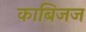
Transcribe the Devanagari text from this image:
काबिजज